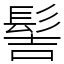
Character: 髻